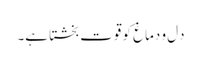
دِل و دماغ کو قوت بخشتا ہے۔